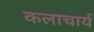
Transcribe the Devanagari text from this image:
कलाचार्य